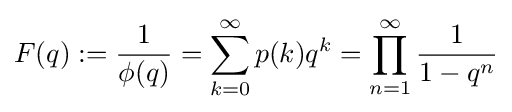
F(q):={\frac {1}{\phi (q)}}=\sum _{k=0}^{\infty }p(k)q^{k}=\prod _{n=1}^{\infty }{\frac {1}{1-q^{n}}}